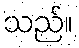
သည်။